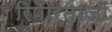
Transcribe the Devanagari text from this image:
रिपोर्ताजों